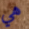
هي